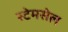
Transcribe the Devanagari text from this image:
स्टेमसेल